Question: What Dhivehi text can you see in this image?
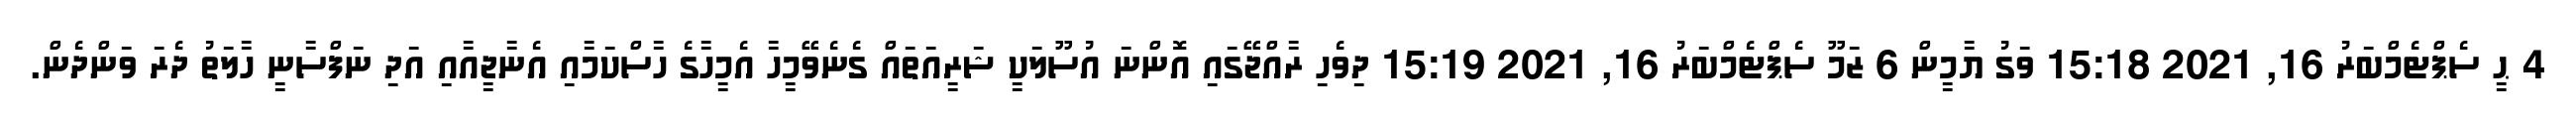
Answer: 4 ޙީ ސެޕްޓެމްބަރު 16, 2021 15:18 ވަގު ޔާމީން 6 ޒަމޫ ސެޕްޓެމްބަރު 16, 2021 15:19 ދިވެހި ރާއްޖޭގައި އޮންނަ އުސޫލަކީ ޝަރީއަތައް ގެނެވޭމީހާ އެމީހާގެ ހާސްކަމާއި އެނާޖީއާއި އަދި ނަފްސާނީ ހާލަތު ދެރަ ވަންދެން.